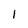
Character: I